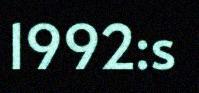
1992:s